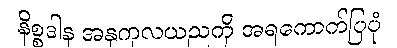
နိစ္စဒါန အနုကုလယညကို အရကောက်ပြပုံ